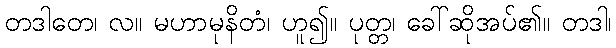
တဒါတေ၊ လ။ မဟာမုနိတံ၊ ဟူ၍။ ပုတ္တ၊ ခေါ်ဆိုအပ်၏။ တဒါ၊